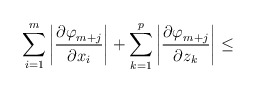
\begin{align*}\sum\limits_{i=1}^m {\left| \frac{{\partial \varphi }_{m+j}}{{\partial x}_{i}} \right|+\sum\limits_{k=1}^p \left| \frac{{\partial \varphi }_{m+j}}{{\partial z}_{k}} \right| } \le\end{align*}